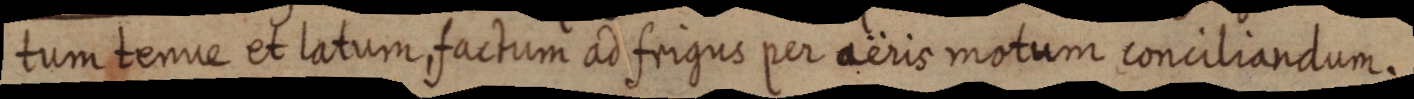
tum tenue et latum, factum ad frigus per aeris motum conciliandum.